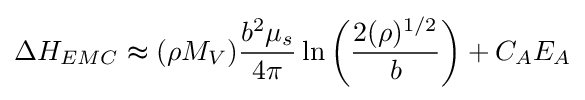
\Delta H_{EMC}\thickapprox (\rho M_{V}){\frac {b^{2}\mu _{s}}{4\pi }}\ln \left({\frac {2(\rho )^{1/2}}{b}}\right)+C_{A}E_{A}